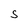
Character: S